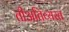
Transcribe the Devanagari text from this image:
तीअतिव्यस्त